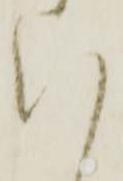
い